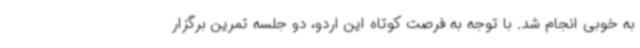
به خوبی انجام شد. با توجه به فرصت کوتاه این اردو، دو جلسه تمرین برگزار